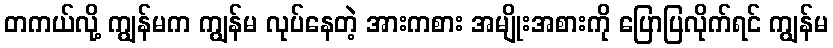
တကယ်လို့ ကျွန်မက ကျွန်မ လုပ်နေတဲ့ အားကစား အမျိုးအစားကို ပြောပြလိုက်ရင် ကျွန်မ